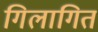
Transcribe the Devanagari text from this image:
गिलागित